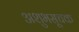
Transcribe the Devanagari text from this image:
अशुभसूचक